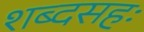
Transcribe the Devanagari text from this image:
शब्दसहः